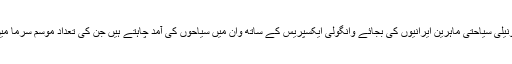
خاص طور پر ، ونیلی سیاحتی ماہرین ایرانیوں کی بجائے وانگولی ایکسپریس کے ساتھ وان میں سیاحوں کی آمد چاہتے ہیں جن کی تعداد موسم سرما میں کم ہو جاتی ہے۔